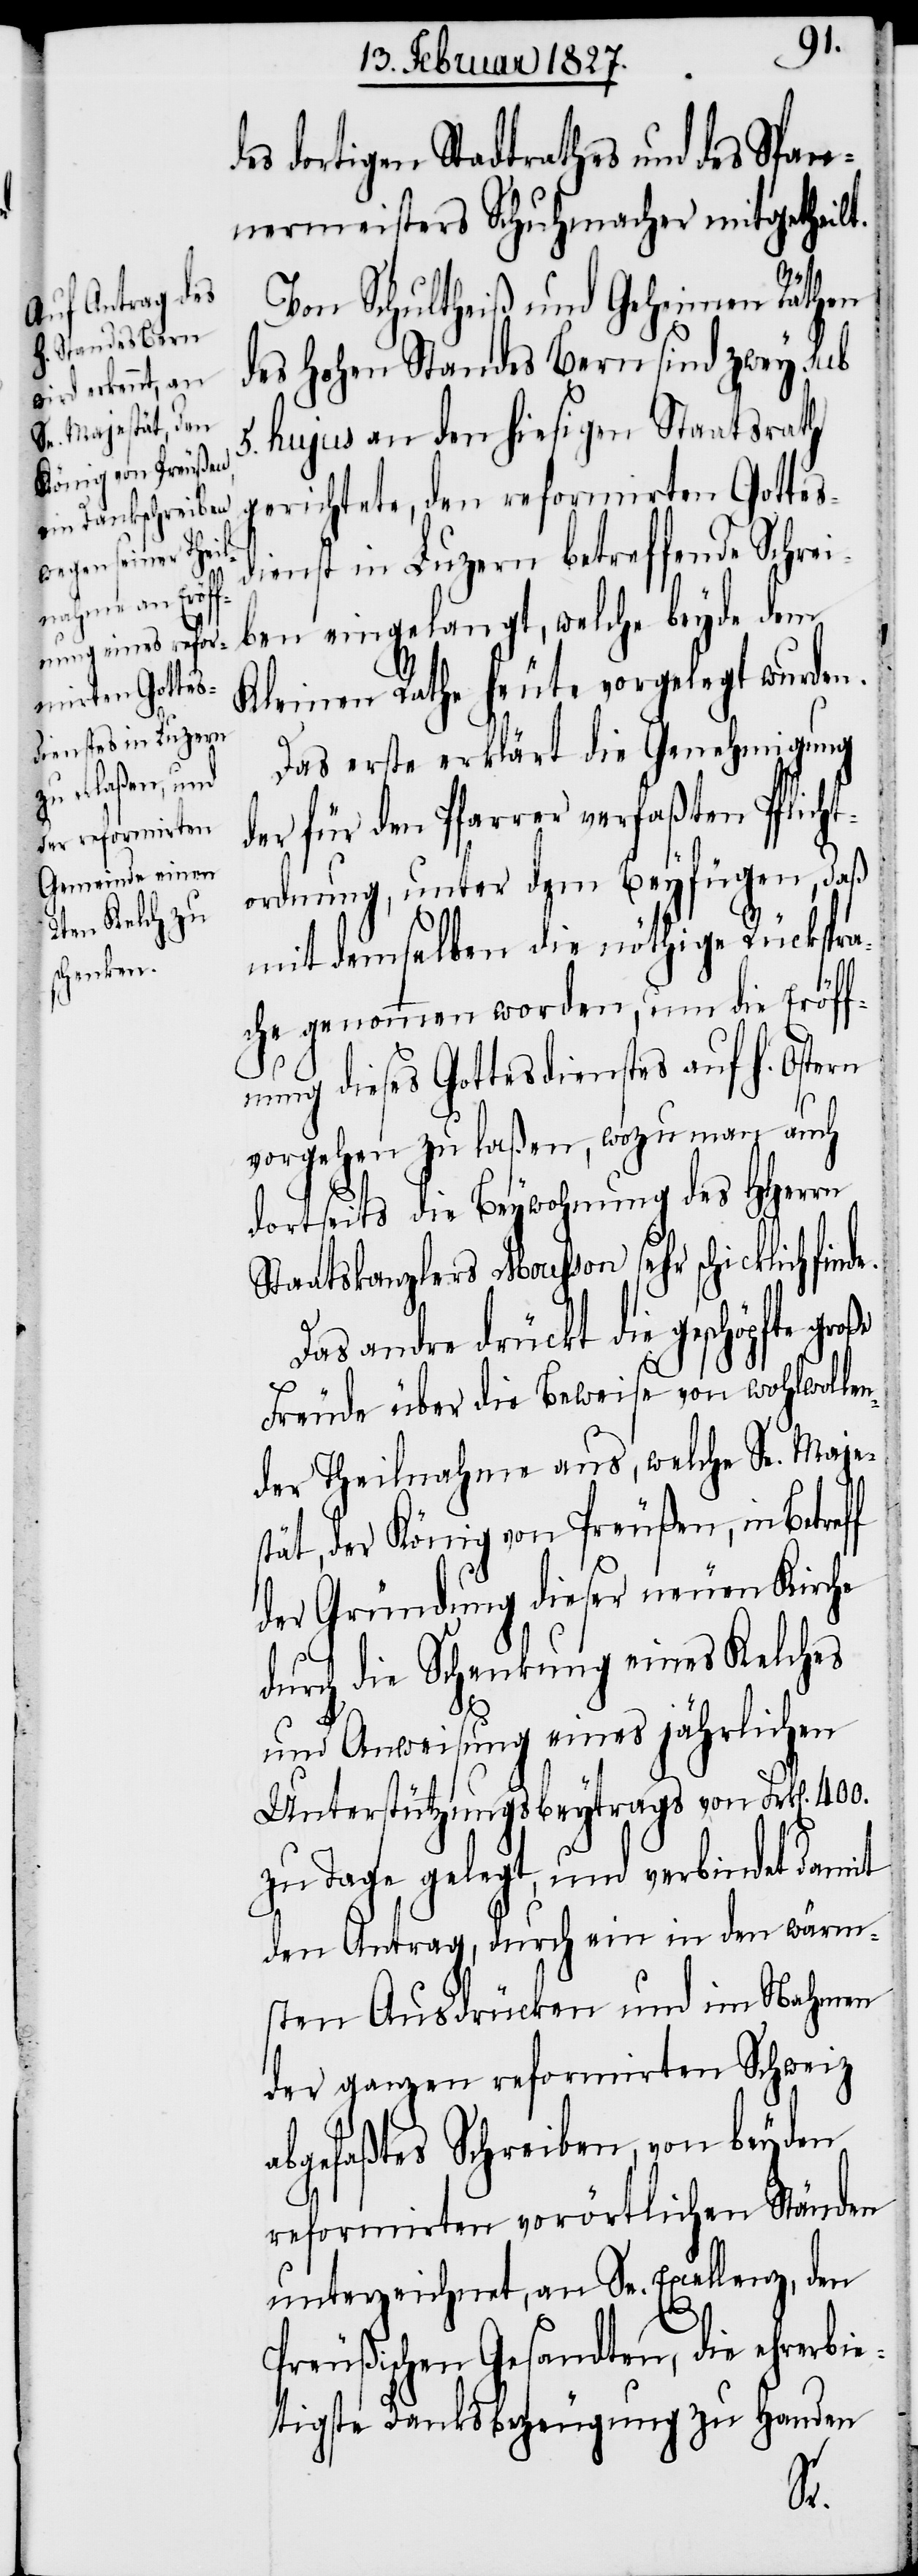
dortigen Stadtrathes und des Span¬
nermeisters Schuhmacher mitgetheilt.
des
Von Schultheiß und Geheimen Räthen
des Hohen Standes Bern sind zwey sub
5. hujus an den hiesigen Staatsrath
gerichtete, den reformirten Gottes¬
dienst in Luzern betreffende Schrei¬
ben eingelangt, welche beyde dem
Kleinen Rathe heute vorgelegt wurden.
Das erste erklärt die Genehmigung
der für den Pfarrer verfaßten Pflich¬
ordnung, unter dem Beyfügen, daß
mit demselben die nöthige Rückspra¬
che genommen worden, um die Eröff¬
nung dieses Gottesdienstes auf h. Ostern
vorgehen zu laßen, wozu man auch
dortseits die Beywohnung des HHerrn
Staatskanzlers Mousson sehr schicklich
Das andre drückt die geschöpfte gro¬
Freude über die Beweise von wohlwolle¬
nder Theilnahme aus, welche Se. Maje¬
stät, der König von Preußen, in Betreff
der Gründung dieser neuen Kirche
durch die Schenkung eines Kelches
und Anweisung eines jährlichen
Unterstützungsbeytrags von Frk[en]. 400.
zu Tage gelegt, und verbindet damit
den Antrag, durch ein in den wärm¬
sten Ausdrücken und im Nahmen
der ganzen reformirten Schweiz
abgefaßtes Schreiben, von beyden
reformirten vorörtlichen Ständen
unterzeichnet, an Se. Excellenz, den
Preußischen Gesandten, die ehrerbie¬
tigste Danksbezeugung zu Handen
ße